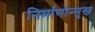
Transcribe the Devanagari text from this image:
निर्माणोन्मुख